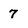
Character: 7